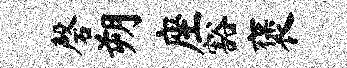
磬朔座豁褒